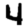
Digit: 4